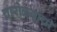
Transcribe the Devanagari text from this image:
चारोळ्यांची